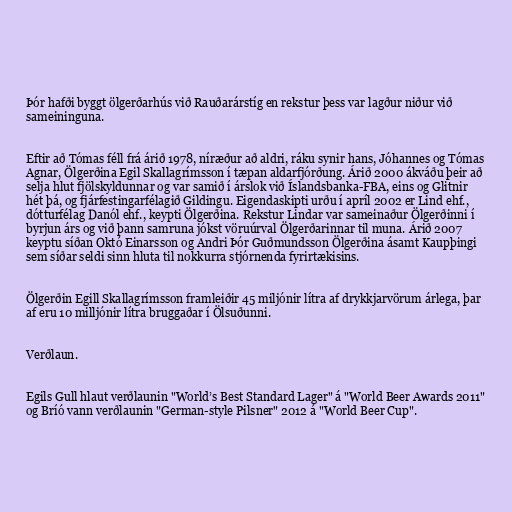
Þór hafði byggt ölgerðarhús við Rauðarárstíg en rekstur þess var lagður niður við
sameininguna.

Eftir að Tómas féll frá árið 1978, níræður að aldri, ráku synir hans, Jóhannes og Tómas
Agnar, Ölgerðina Egil Skallagrímsson í tæpan aldarfjórðung. Árið 2000 ákváðu þeir að
selja hlut fjölskyldunnar og var samið í árslok við Íslandsbanka-FBA, eins og Glitnir
hét þá, og fjárfestingarfélagið Gildingu. Eigendaskipti urðu í apríl 2002 er Lind ehf.,
dótturfélag Danól ehf., keypti Ölgerðina. Rekstur Lindar var sameinaður Ölgerðinni í
byrjun árs og við þann samruna jókst vöruúrval Ölgerðarinnar til muna. Árið 2007
keyptu síðan Októ Einarsson og Andri Þór Guðmundsson Ölgerðina ásamt Kaupþingi
sem síðar seldi sinn hluta til nokkurra stjórnenda fyrirtækisins.

Ölgerðin Egill Skallagrímsson framleiðir 45 miljónir lítra af drykkjarvörum árlega, þar
af eru 10 milljónir lítra bruggaðar í Ölsuðunni.

Verðlaun.

Egils Gull hlaut verðlaunin "World’s Best Standard Lager" á "World Beer Awards 2011"
og Bríó vann verðlaunin "German-style Pilsner" 2012 á "World Beer Cup".